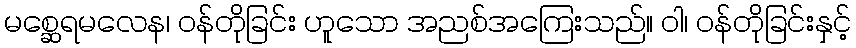
မစ္ဆေရမလေန၊ ဝန်တိုခြင်း ဟူသော အညစ်အကြေးသည်။ ဝါ၊ ဝန်တိုခြင်းနှင့်